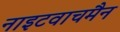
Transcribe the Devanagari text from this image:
नाइटवाचमैन